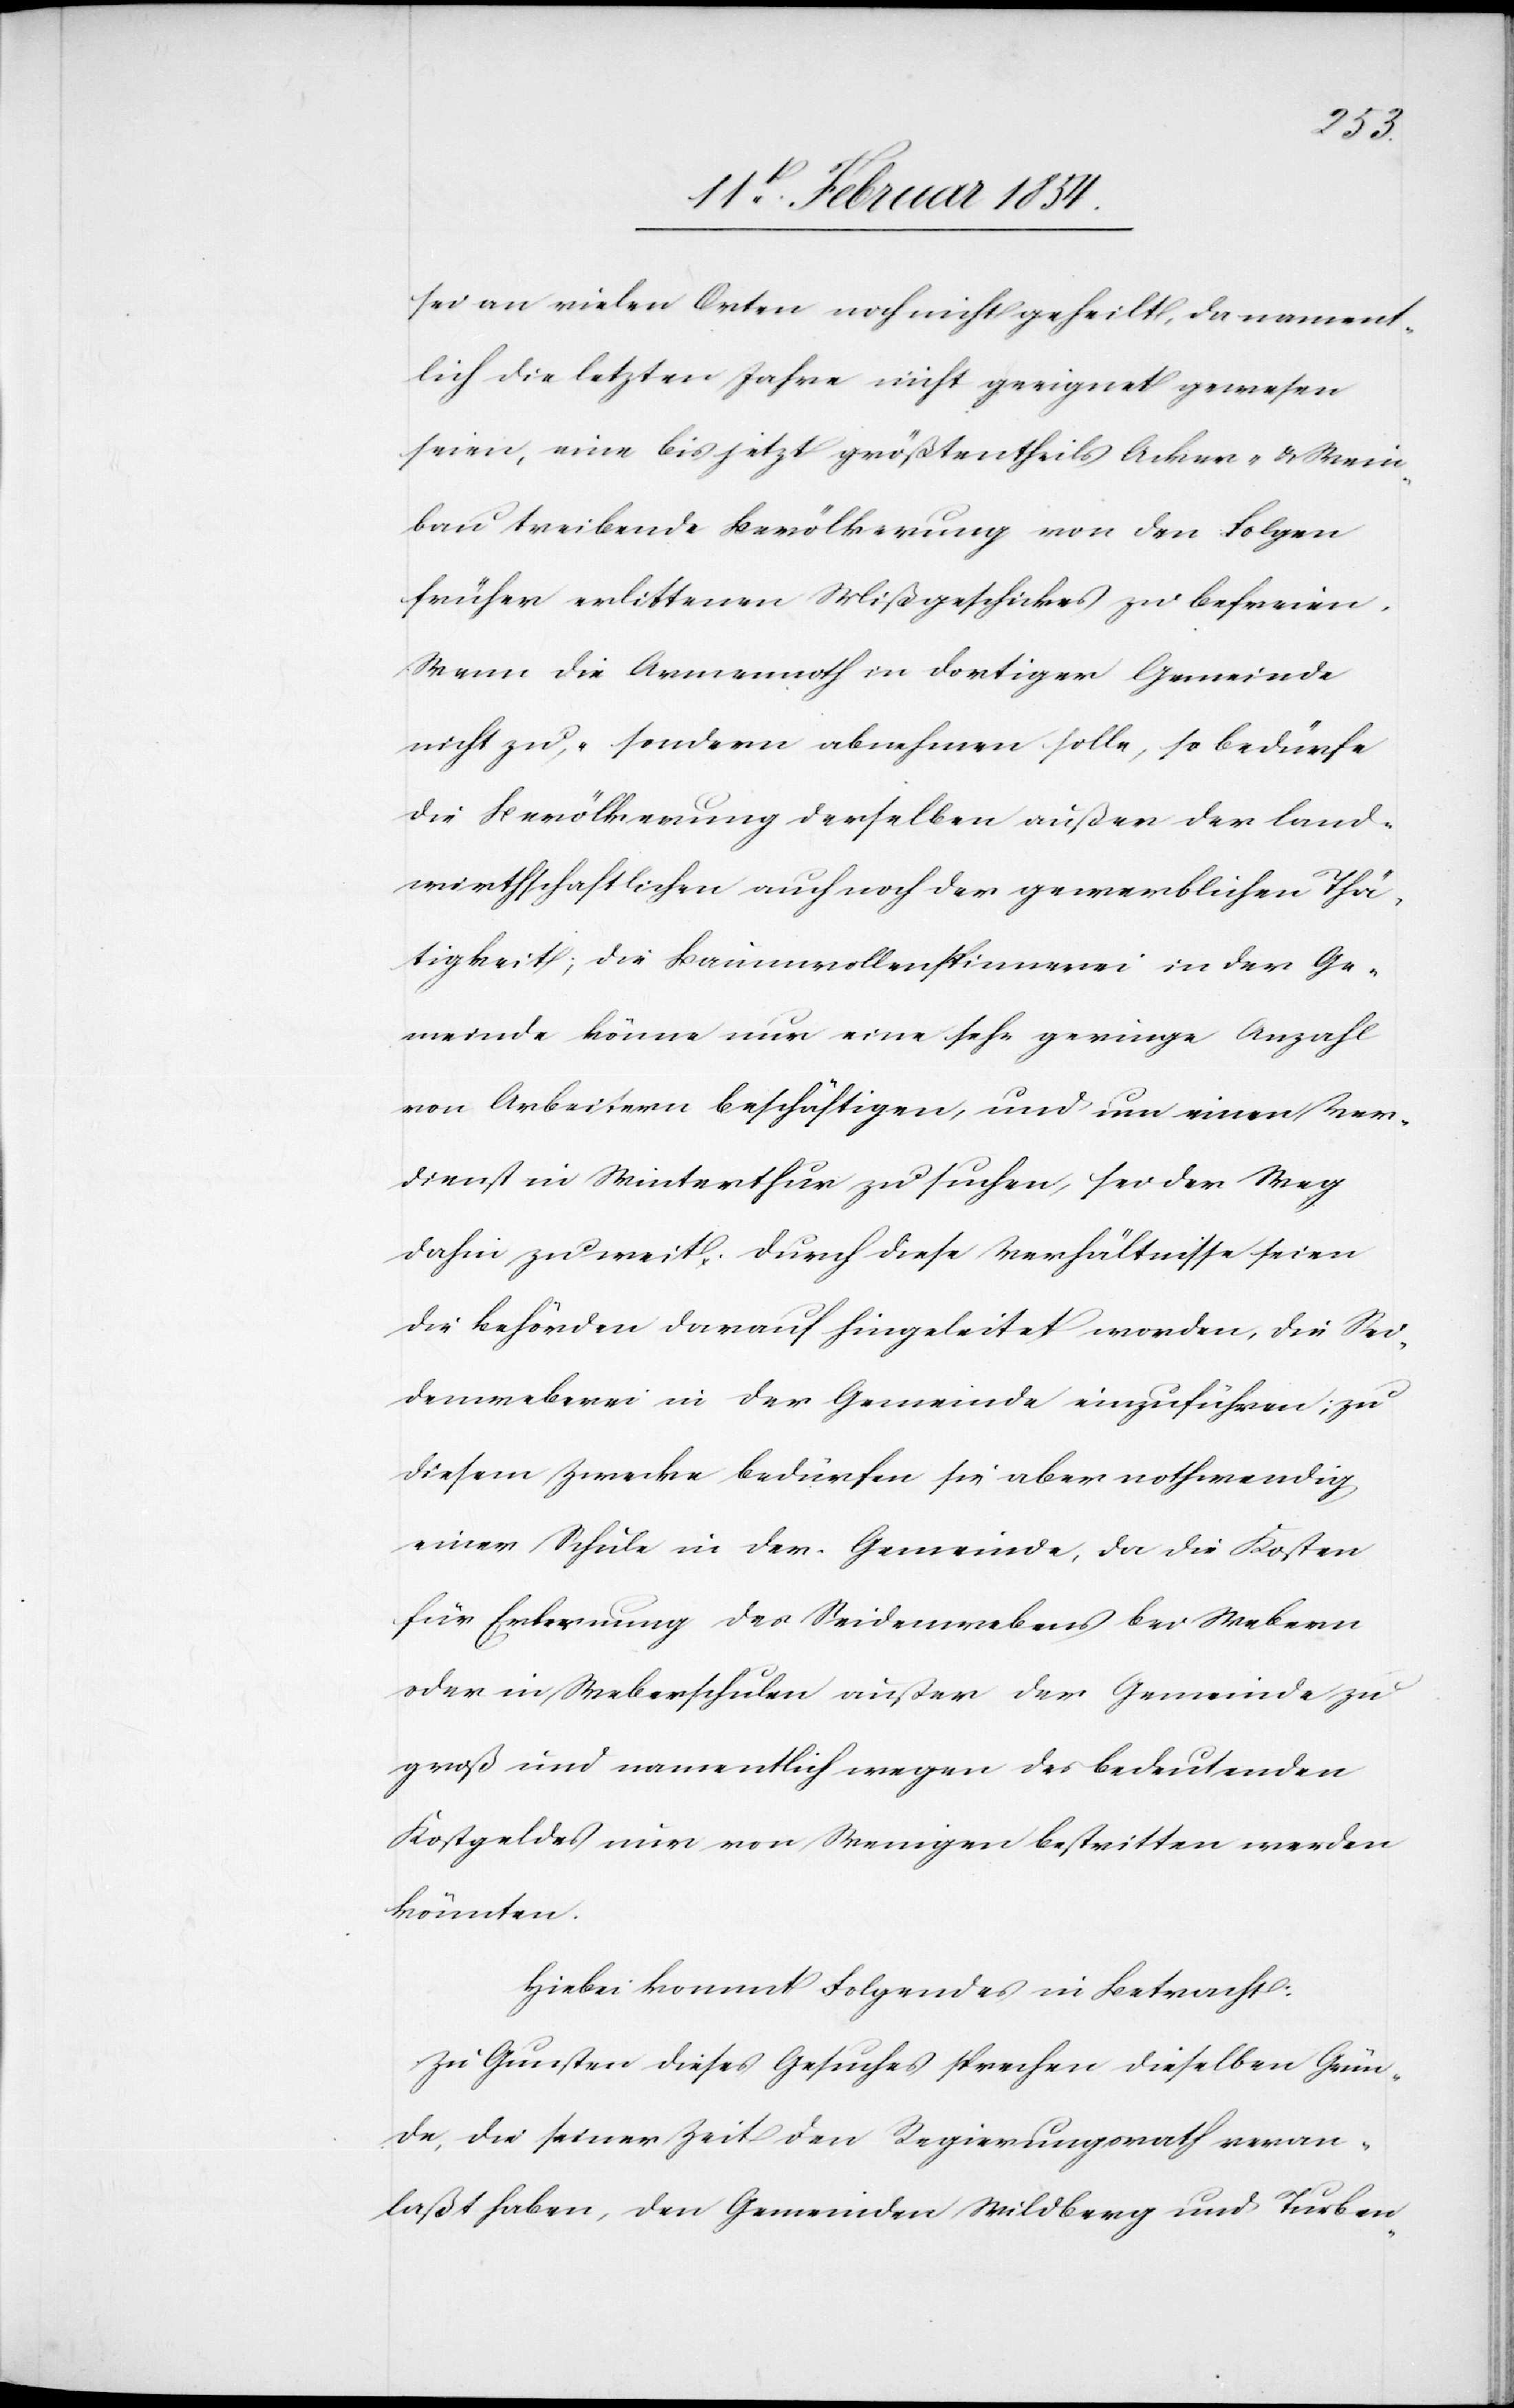
sei an vielen Orten noch nicht geheilt, da nament¬
lich die letzten Jahre nicht geeignet gewesen
seien, eine bis jetzt größtentheils Acker- & Wein¬
bau treibende Bevölkerung von den Folgen
früher erlittenen Mißgeschickes zu befreien.
Wenn die Armennoth in dortiger Gemeinde
nicht zu- sondern abnehmen solle, so bedürfe
die Bevölkerung derselben außer der land¬
wirthschaftlichen auch noch der gewerblichen Thä¬
tigkeit; die Baumwollenspinnerei in der Ge¬
meinde könne nur eine sehr geringe Anzahl
von Arbeitern beschäftigen, und um einen Ver¬
dienst in Winterthur zu suchen, sei der Weg
dahin zu weit. Durch diese Verhältnisse seien
die Behörden darauf hingeleitet worden, die Sei¬
denweberei in der Gemeinde einzuführen; zu
diesem Zwecke bedürfen sie aber nothwendig
einer Schule in der Gemeinde, da die Kosten
für Erlernung des Seidenwebens bei Webern
oder in Weberschulen außer der Gemeinde zu
groß und namentlich wegen des bedeutenden
Kostgeldes nur von Wenigen bestritten werden
könnten.
Hiebei kommt Folgendes in Betracht:
Zu Gunsten dieses Gesuches sprechen dieselben Grün¬
de, die seiner Zeit den Regierungsrath veran¬
laßt haben, den Gemeinden Wildberg und Turben-